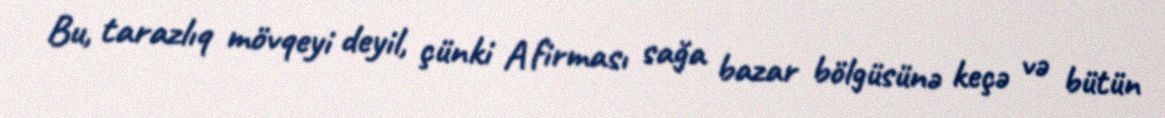
Bu, tarazlıq mövqeyi deyil, çünki A firması sağa bazar bölgüsünə keçə və bütün